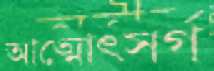
আত্মোৎসর্গ